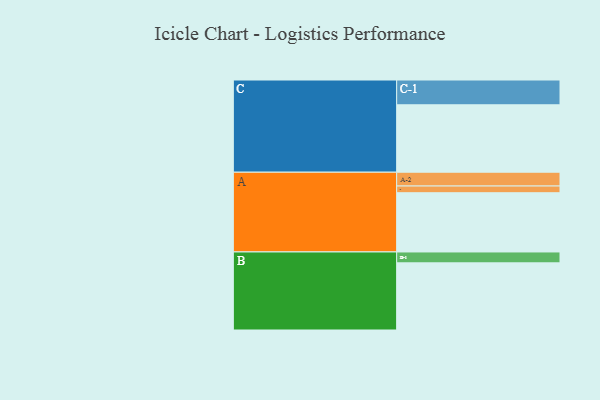
{"axis": {"x": "Segment", "y": "Value"}, "legend": ["", "A", "B", "C"], "data": [{"x": "A", "y": 485, "type": ""}, {"x": "B", "y": 550, "type": ""}, {"x": "C", "y": 552, "type": ""}, {"x": "A-1", "y": 55, "type": "A"}, {"x": "A-2", "y": 113, "type": "A"}, {"x": "B-1", "y": 89, "type": "B"}, {"x": "C-1", "y": 203, "type": "C"}]}